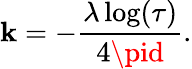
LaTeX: \mathbf{k}=-\frac{{\lambda\log(\tau)}}{{4\pid}}.